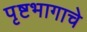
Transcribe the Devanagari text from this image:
पृष्टभागाचे